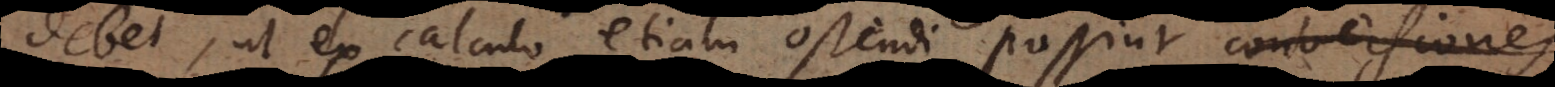
debet, ut ex calculo etiam ostendi possint conversiones